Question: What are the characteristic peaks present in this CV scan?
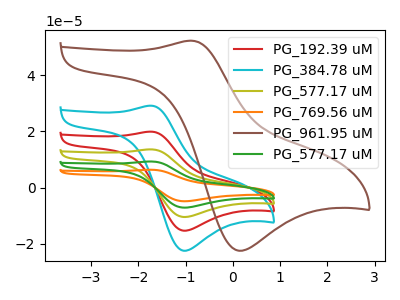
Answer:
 <answer>The red curve "PG_192.39 uM" has an anodic peak at (-1.75V, 19.90uA) and a cathodic peak at (-1.05V, -15.35uA). The cyan curve "PG_384.78 uM" has an anodic peak at (-1.75V, 29.10uA) and a cathodic peak at (-1.05V, -22.50uA). The olive curve "PG_577.17 uM" has an anodic peak at (-1.75V, 39.75uA) and a cathodic peak at (-1.05V, -30.70uA). The orange curve "PG_769.56 uM" has an anodic peak at (-1.75V, 79.55uA) and a cathodic peak at (-1.05V, -61.40uA). The brown curve "PG_961.95 uM" has an anodic peak at (-0.90V, 52.25uA) and a cathodic peak at (0.10V, -22.45uA). The green curve "PG_577.17 uM" has an anodic peak at (-1.75V, 59.65uA) and a cathodic peak at (-1.05V, -46.05uA).</answer>
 <eval></eval>